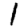
Digit: 1